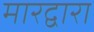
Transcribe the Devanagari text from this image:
मारद्वारा